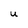
Character: U